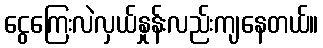
ငွေကြေးလဲလှယ်နှုန်းလည်းကျနေတယ်။